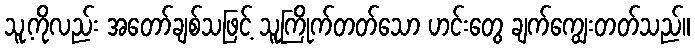
သူ့ကိုလည်း အတော်ချစ်သဖြင့် သူကြိုက်တတ်သော ဟင်းတွေ ချက်ကျွေးတတ်သည်။